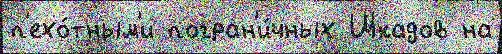
п'ехо́тным'и погран'и́чных Шкадов на